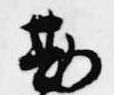
勘